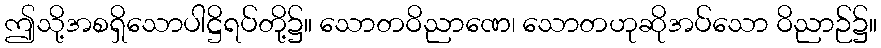
ဤသို့အစရှိသောပါဋ္ဌိရပ်တို့၌။ သောတဝိညာဏေ၊ သောတဟုဆိုအပ်သော ဝိညာဉ်၌။